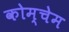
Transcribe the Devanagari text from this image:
कोम्चेम